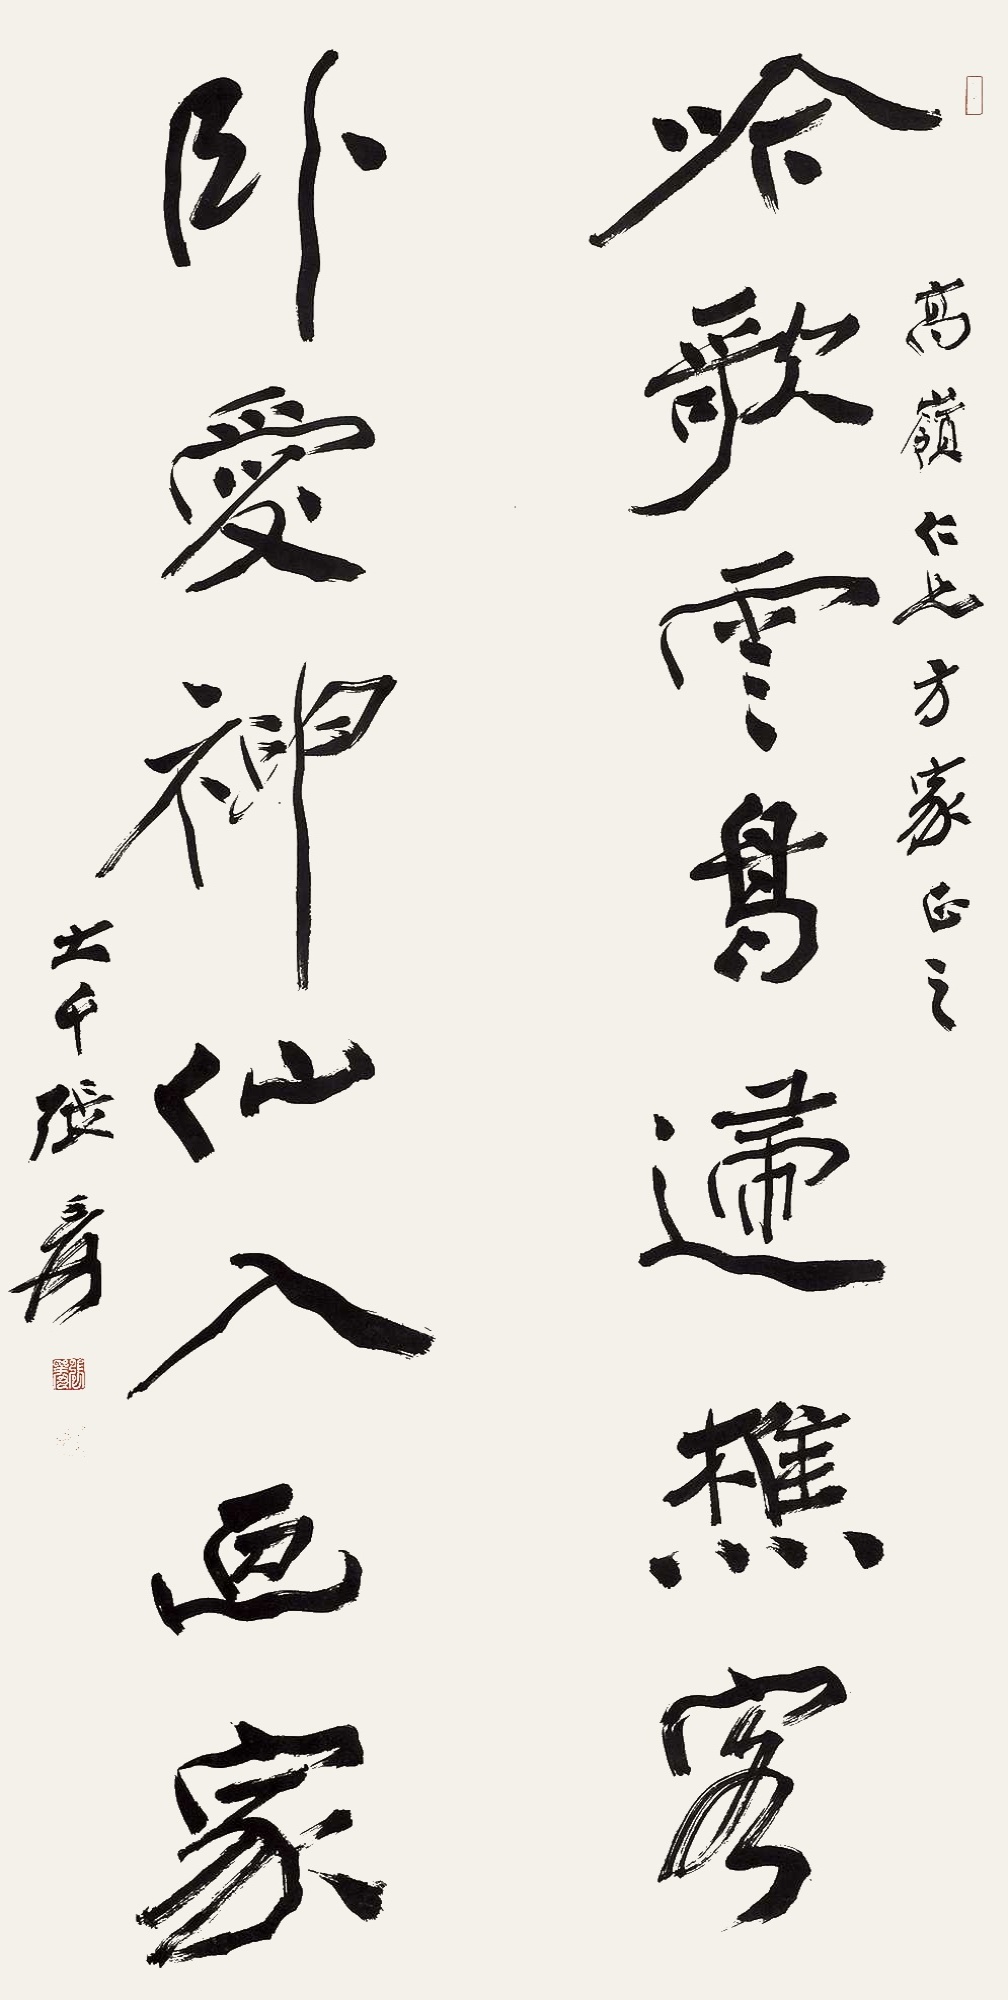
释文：吟歌云鸟归樵客,卧爱神仙入画家。高岭仁兄方家正之，大千张爰。